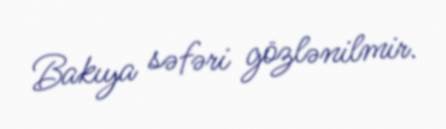
Bakıya səfəri gözlənilmir.